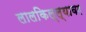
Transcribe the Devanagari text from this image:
लालकिल्ल्यावर